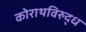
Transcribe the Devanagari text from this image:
कोराथविरुद्ध